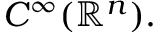
C ^ { \infty } ( \mathbb { R } ^ { n } ) .